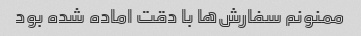
ممنونم سفارش‌ها با دقت اماده شده بود